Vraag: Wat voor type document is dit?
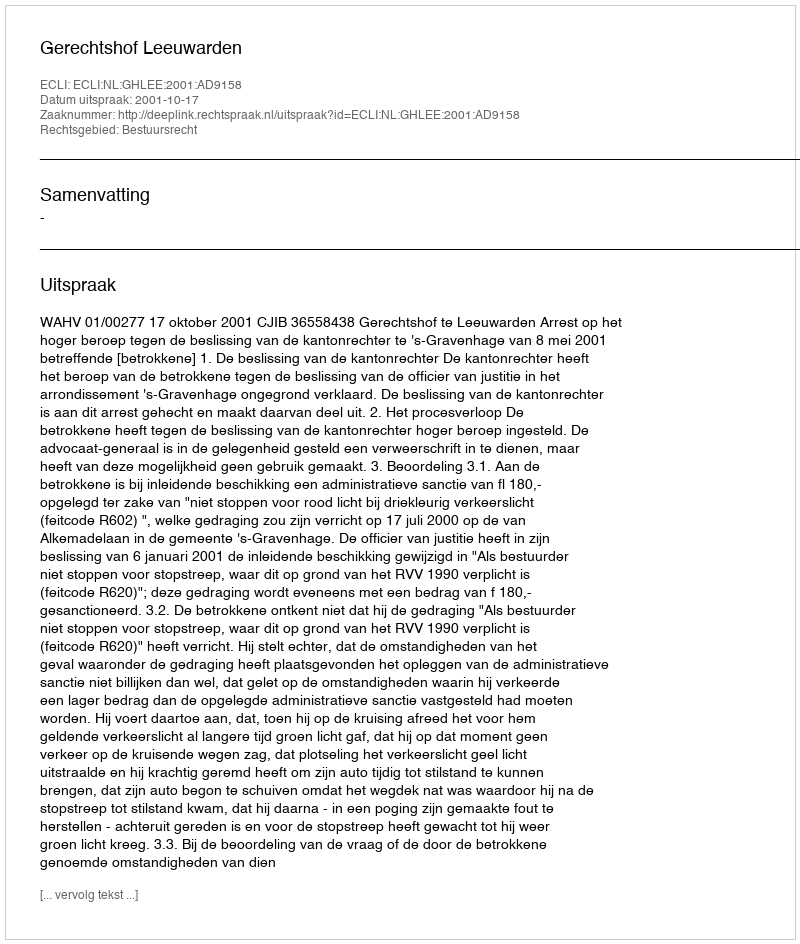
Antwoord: Uitspraak